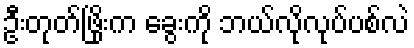
ဦးတုတ်ဖြိုးက ခွေးကို ဘယ်လိုလုပ်ပစ်လဲ